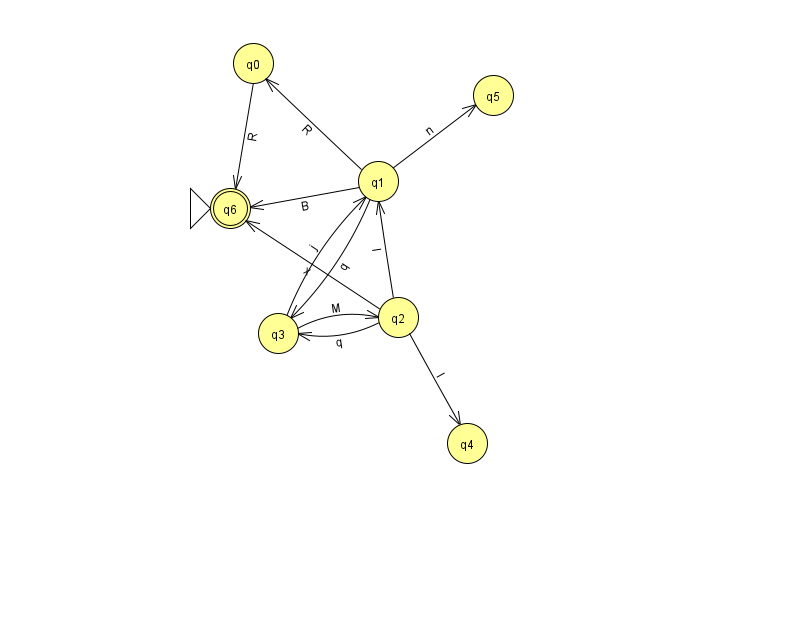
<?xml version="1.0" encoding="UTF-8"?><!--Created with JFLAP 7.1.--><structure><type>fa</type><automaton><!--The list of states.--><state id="0" name="q0"><x>253.0</x><y>50.0</y></state><state id="1" name="q1"><x>378.0</x><y>168.0</y></state><state id="2" name="q2"><x>398.0</x><y>304.0</y></state><state id="3" name="q3"><x>278.0</x><y>320.0</y></state><state id="4" name="q4"><x>467.0</x><y>430.0</y></state><state id="5" name="q5"><x>493.0</x><y>82.0</y></state><state id="6" name="q6"><x>230.0</x><y>195.0</y><initial/><final/></state><!--The list of transitions.--><transition><from>1</from><to>5</to><read>n</read></transition><transition><from>3</from><to>2</to><read>M</read></transition><transition><from>1</from><to>6</to><read>B</read></transition><transition><from>2</from><to>1</to><read>l</read></transition><transition><from>2</from><to>6</to><read>x</read></transition><transition><from>1</from><to>3</to><read>q</read></transition><transition><from>1</from><to>0</to><read>R</read></transition><transition><from>3</from><to>1</to><read>j</read></transition><transition><from>2</from><to>3</to><read>q</read></transition><transition><from>0</from><to>6</to><read>R</read></transition><transition><from>2</from><to>4</to><read>I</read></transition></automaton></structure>